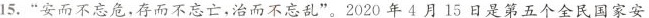
15.”安而不忘危，存而不忘亡，治而不忘乱”。2020年4月15日是第五个全民国家安